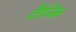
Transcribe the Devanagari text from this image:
तैकि